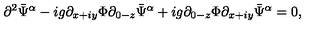
\partial ^ { 2 } \bar { \Psi } ^ { \alpha } - i g \partial _ { x + i y } \Phi \partial _ { 0 - z } \bar { \Psi } ^ { \alpha } + i g \partial _ { 0 - z } \Phi \partial _ { x + i y } \bar { \Psi } ^ { \alpha } = 0 ,